General report no. 6 on the lunatic asylums, vaccination and dispensaries in the Bengal Presidency, 1873 -
Year: 1873
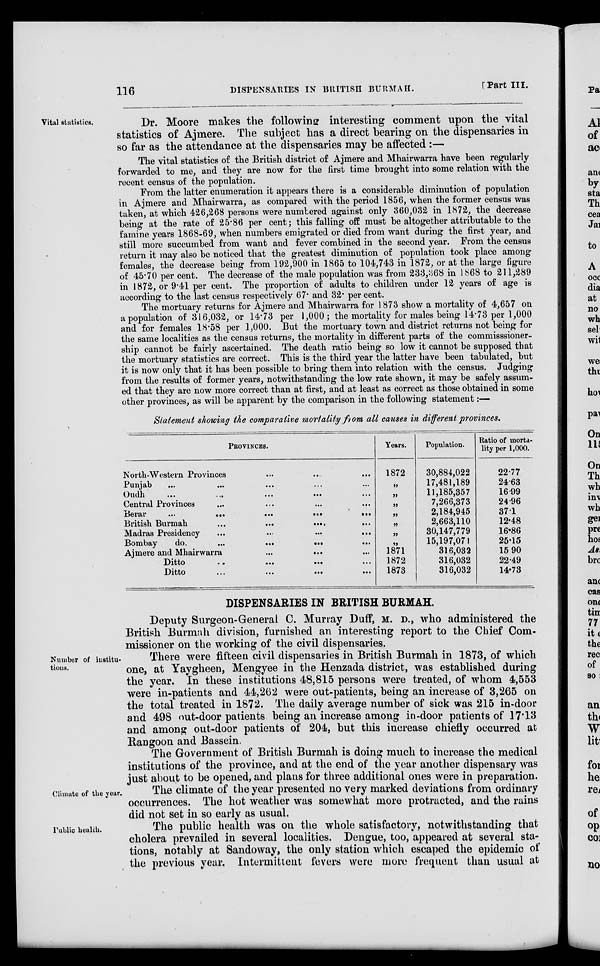
116
DISPENSARIES IN BRITISH BURMAH.
[Part III.
Vital statistics.
Dr. Moore makes the following interesting comment upon the vital
statistics of Ajmere. The subject has a direct bearing on the dispensaries in
so far as the attendance at the dispensaries may be affected :—
The vital statistics of the British district of Ajmere and Mhairwarra have been regularly-
forwarded to me, and they are now for the first time brought into some relation with the
recent census of the population.
From the latter enumeration it appears there is a considerable diminution of population
in Ajmere and Mhairwarra, as compared with the period 1856, when the former census was
taken, at which 426,268 persons were numbered against only 360,032 in 1872, the decrease
being at the rate of 25.86 per cent; this falling off must be altogether attributable to the
famine years 1868-69, when numbers emigrated or died from want during the first year, and
still more succumbed from want and fever combined in the second year. From the census
return it may also be noticed that the greatest diminution of population took place among
females, the decrease being from 192,900 in 1865 to 104,743 in 1872, or at the large figure
of 45.70 per cent. The decrease of the male population was from 233,368 in 1868 to 211,289
in 1872, or 9.41 per cent. The proportion of adults to children under 12 years of age is
according to the last census respectively 67. and 32. per cent.
The mortuary returns for Ajmere and Mhairwarra for 1873 show a mortality of 4,657 on
a population of 316,032, or 14.73 per 1,000; the mortality for males being 14.73 per 1,000
and for females 18.58 per 1,000. But the mortuary town and district returns not being for
the same localities as the census returns, the mortality in different parts of the commisssioner-
ship cannot be fairly ascertained. The death ratio being so low it cannot be supposed that
the mortuary statistics are correct. This is the third year the latter have been tabulated, but
it is now only that it has been possible to bring them into relation with the census. Judging
from the results of former years, notwithstanding the low rate shown, it may be safely assum-
ed that they are now more correct than at first, and at least as correct as those obtained in some
other provinces, as will be apparent by the comparison in the following statement:—
Statement showing the comparative mortality from all causes in different provinces.
PROVINCES.
North-Western Provinces
Punjab
Oudh
Central Provinces
Berar
...
...
...
...
...
British Burmah
...
...
...
Madras Presidency
...
...
...
...
Bombay
do.
...
...
...
Ajmere and Mhairwarra
...
...
Ditto
...
...
Ditto
...
...
...
...
Years.
1872
„
„
„
„
„
„
„
1871
1872
1873
Population.
30,884,022
17,481,189
11,185,357
7,266,373
2,184,945
2,663,110
30,147,779
15,197,071
316,032
316,032
316,032
Ratio of morta-
lity per 1,000.
22.77
24.63
16.99
24.96
371
12.48
16.86
25.15
15 90
22.49
14.73
DISPENSARIES IN BRITISH BURMAH.
Deputy Surgeon-General C. Murray Duff, M. D., who administered the
British Burmah division, furnished an interesting report to the Chief Com-
missioner on the working of the civil dispensaries.
Number of institu-
tions.
There were fifteen civil dispensaries in British Burmah in 1873, of which
one, at Yaygheen, Mengyee in the Henzada district, was established during
the year. In these institutions 48,815 persons were treated, of whom 4,553
were in-patients and 44,262 were out-patients, being an increase of 3,265 on
the total treated in 1872. The daily average number of sick was 215 in-door
and 498 out-door patients being an increase among in-door patients of 17.13
and among out-door patients of 204, but this increase chiefly occurred at
Rangoon and Bassein.
The Government of British Burmah is doing much to increase the medical
institutions of the province, and at the end of the year another dispensary was
just about to be opened, and plans for three additional ones were in preparation.
Climate of the year.
The climate of the year presented no very marked deviations from ordinary
occurrences. The hot weather was somewhat more protracted, and the rains
did not set in so early as usual.
Public health.
The public health was on the whole satisfactory, notwithstanding that
cholera prevailed in several localities. Dengue, too, appeared at several sta-
tions, notably at Sandoway, the only station which escaped the epidemic of
the previous year. Intermittent fevers were more frequent than usual at